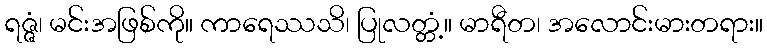
ရဇ္ဇံ၊ မင်းအဖြစ်ကို။ ကာရေဿသိ၊ ပြုလတ္တံ့။ မာရီတ၊ အလောင်းမားတရား။